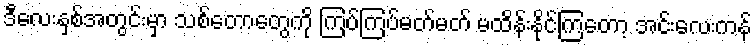
ဒီလေးနှစ်အတွင်းမှာ သစ်တောတွေကို ကြပ်ကြပ်မတ်မတ် မထိန်းနိုင်ကြတော့ အင်းလေးကန်